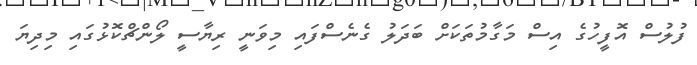
ފުލުސް އޮފީހުގެ އިސް މަގާމުތަކަށް ބަދަލު ގެނެސްފައި މިވަނީ ރިޔާސީ ލޯންޗްކޮޅުގައި މިދިޔަ